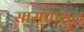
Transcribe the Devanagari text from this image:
सासूपासून